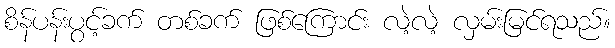
စိန်ပန်းပွင့်ခက် တစ်ခက် ဖြစ်ကြောင်း လဲ့လဲ့ လှမ်းမြင်ရသည်။